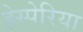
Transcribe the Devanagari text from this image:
हेस्पेरिया